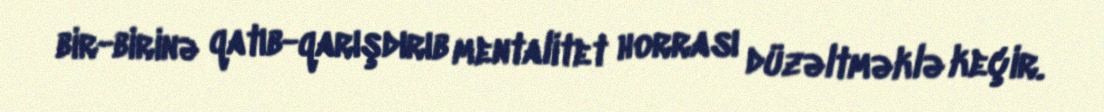
bir-birinə qatıb-qarışdırıb mentalitet horrası düzəltməklə keçir.